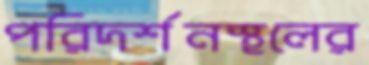
পরিদর্শনস্থলের